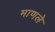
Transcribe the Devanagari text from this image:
माणले